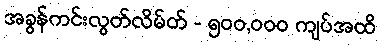
အခွန်ကင်းလွတ်လိမ်တ် - ၅၀၀,၀၀၀ ကျပ်အထိ